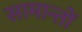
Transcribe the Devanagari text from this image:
सामान्तों